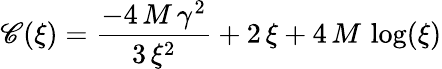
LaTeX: \mathscr{C}(\xi)={\frac{{-4\, M\, {{\gamma}^{2}}}}{{3\, {{\xi}^{2}}}}}+2\, \xi+4\, M\, \log(\xi)